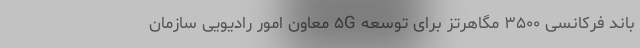
باند فرکانسی ۳۵۰۰ مگاهرتز برای توسعه ۵G معاون امور رادیویی سازمان